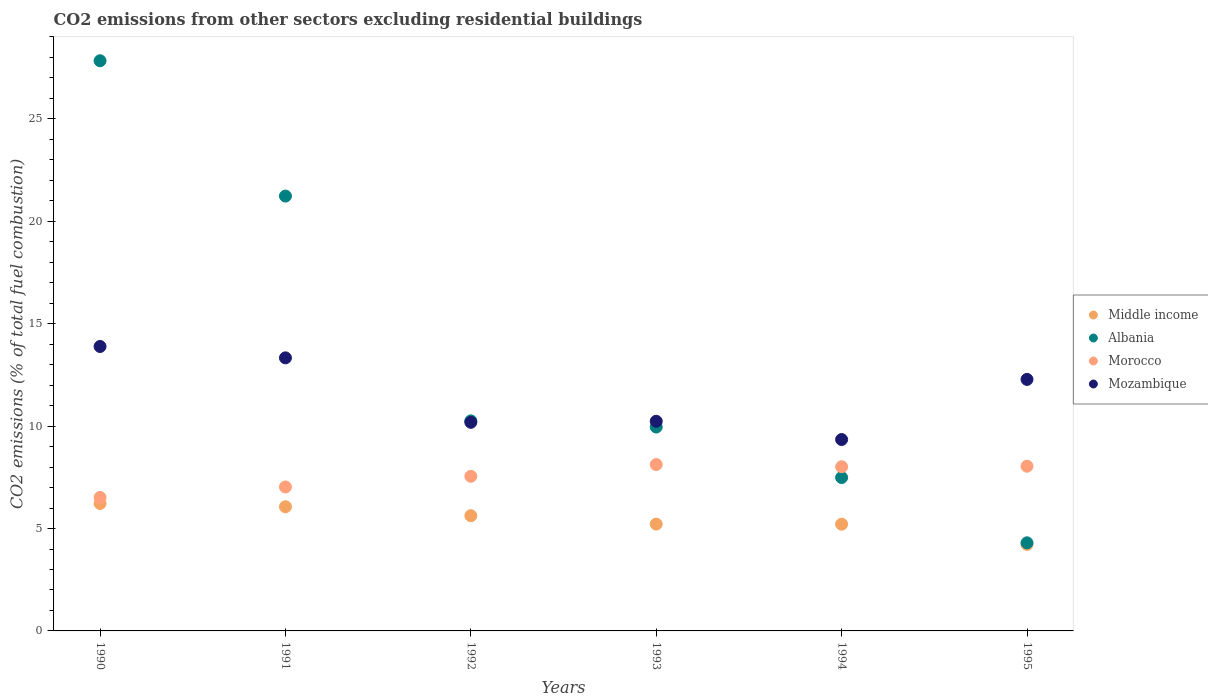
| Years | Middle income | Albania | Morocco | Mozambique |
 | --- | --- | --- | --- | --- |
 | 1990 | 6.22 | 27.8 | 6.52 | 13.9 |
 | 1991 | 6.06 | 21.2 | 7.03 | 13.3 |
 | 1992 | 5.63 | 10.3 | 7.55 | 10.2 |
 | 1993 | 5.22 | 9.95 | 8.12 | 10.2 |
 | 1994 | 5.21 | 7.49 | 8.02 | 9.35 |
 | 1995 | 4.23 | 4.3 | 8.04 | 12.3 |